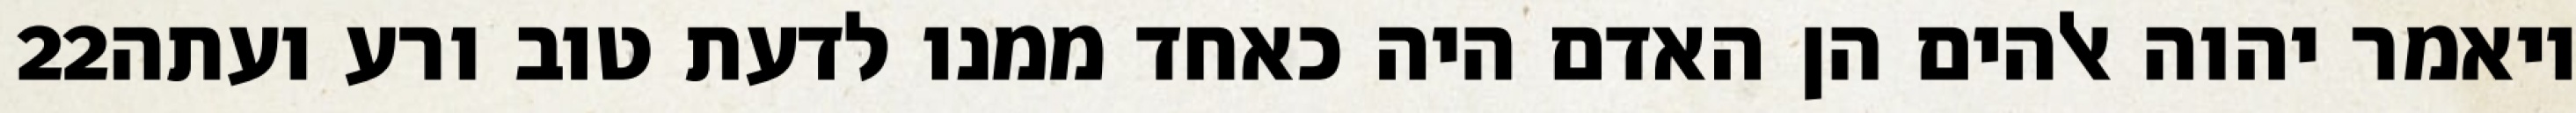
‎22‏ ויאמר יהוה אלהים הן האדם היה כאחד ממנו לדעת טוב ורע ועתה